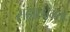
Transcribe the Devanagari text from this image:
संहारक्षमता